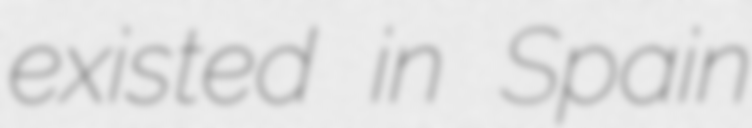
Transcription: existed in Spain